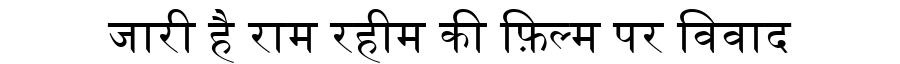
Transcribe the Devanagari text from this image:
जारी है राम रहीम की फ़िल्म पर विवाद